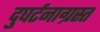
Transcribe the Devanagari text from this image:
दुघर्टनाग्रस्त